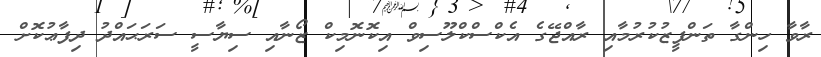
ރާވާ ހިންގާ ތަންފީޒުކުރުމާއި ރާއްޖޭގެ އެކްސްކްލޫސިވް އިކޮނޮމިކް ޒޯނާއި ސިޔާސީ ސަރަޙައްދު ދިފާޢުކޮށް